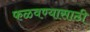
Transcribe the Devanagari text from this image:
फळवण्यासाठी